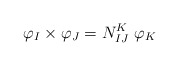
\begin{align*}{\varphi }_I\times {\varphi }_J=N_{IJ}^K~{\varphi }_K\end{align*}